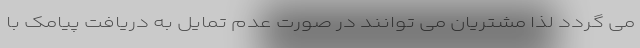
می گردد لذا مشتریان می توانند در صورت عدم تمایل به دریافت پیامک با